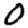
Digit: 0